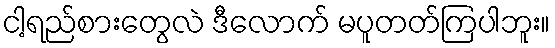
ငါ့ရည်စားတွေလဲ ဒီလောက် မပူတတ်ကြပါဘူး။